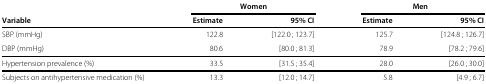
|  | <COLSPAN=2> Women | <COLSPAN=2> Men |
 | Variable | Estimate | 95% CI | Estimate | 95% CI |
 | --- | --- | --- | --- | --- |
 | SBP (mmHg) | 122.8 | [122.0 ; 123.7] | 125.7 | [124.8 ; 126.7] |
 | DBP (mmHg) | 80.6 | [80.0 ; 81.3] | 78.9 | [78.2 ; 79.6] |
 | Hypertension prevalence (%) | 33.5 | [31.5 ; 35.4] | 28.0 | [26.0 ; 30.0] |
 | Subjects on antihypertensive medication (%) | 13.3 | [12.0 ; 14.7] | 5.8 | [4.9 ; 6.7] |